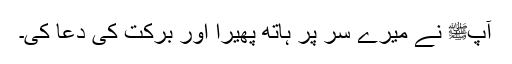
آپﷺ نے میرے سر پر ہاتھ پھیرا اور برکت کی دعا کی۔